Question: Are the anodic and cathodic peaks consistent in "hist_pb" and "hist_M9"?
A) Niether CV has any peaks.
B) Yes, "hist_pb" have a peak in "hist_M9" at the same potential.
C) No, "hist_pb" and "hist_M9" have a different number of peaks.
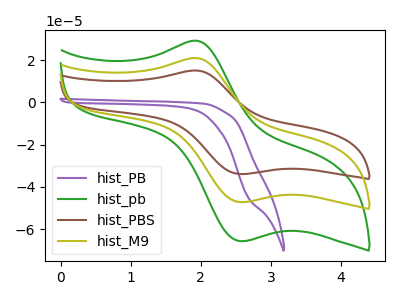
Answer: <think>The purple curve "hist_PB" has no peaks. The green curve "hist_pb" has an anodic peak at (1.90V, 29.20uA) and a cathodic peak at (2.55V, -65.70uA). The brown curve "hist_PBS" has an anodic peak at (1.90V, 41.95uA) and a cathodic peak at (2.55V, -94.45uA). The olive curve "hist_M9" has an anodic peak at (1.90V, 21.00uA) and a cathodic peak at (2.55V, -47.25uA).</think>
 <answer>B) Yes, "hist_pb" have a peak in "hist_M9" at the same potential.</answer>
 <eval>B</eval>